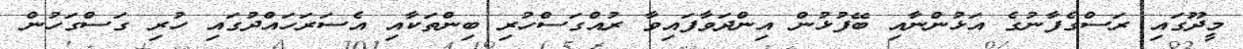
މީދޫގައި ރަސްގެފާނުގެ އަޅުންނާއި ބޭފުޅުން އިންދަވާފައިވާ ރުއްގަސްހުރި ބިންތަކާއި އެސަރަހައްދުގައި ހުރި ގަސްގަހުން